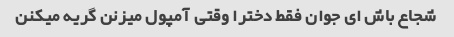
شجاع باش ای جوان فقط دخترا وقتی آمپول میزنن گریه میکنن